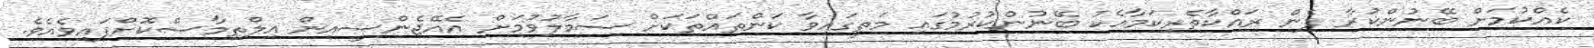
ކެއްކުމަށް ބޭނުންކުރާ ފެން ރައްކާތެރިކަމާއެކު ބޭނުންކުރުމުގައި މަތީގައިވާ ކަންތައްތަކަށް ސަމާލުވުމަށް އެއޭޖެންސީއިން އިލްތިމާސްކޮށްފައިވެއެވެ.